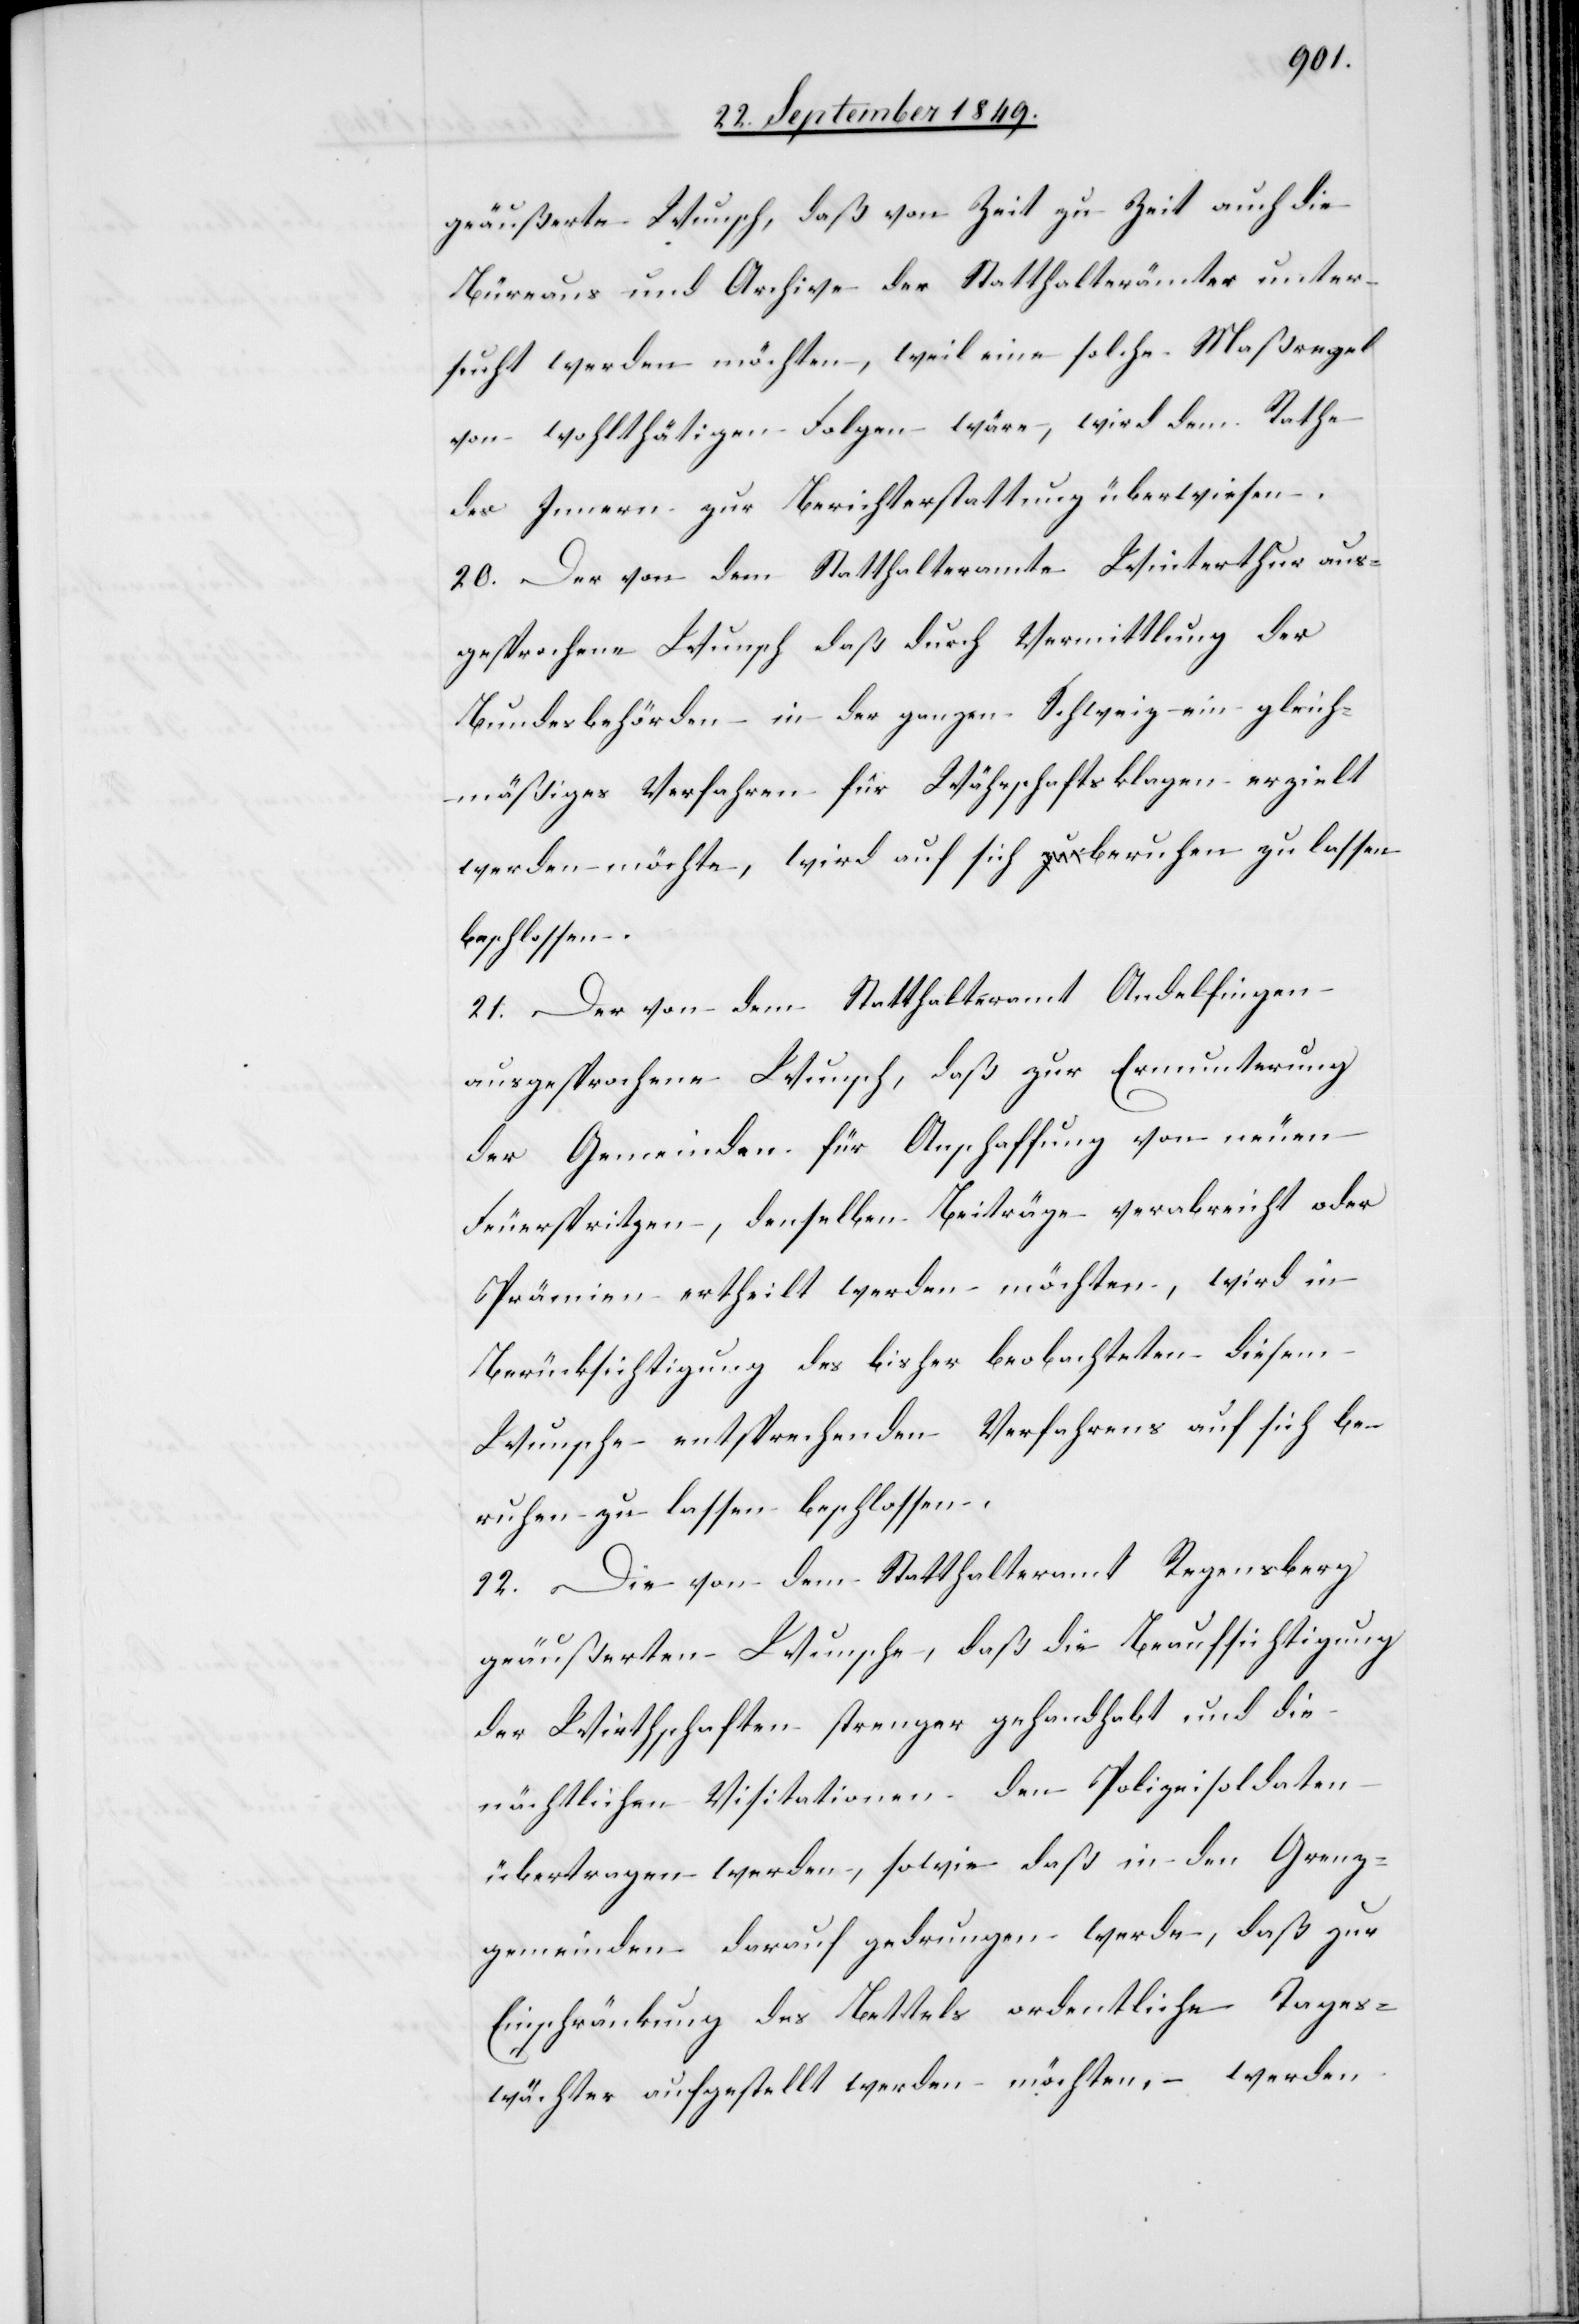
geäußerte Wunsche, daß von Zeit zu Zeit auch die
Büreaus und Archive der Statthalterämter unter¬
sucht werden möchten, weil eine solche Maßregel
von wohltätigen Folgen wäre, wird dem Rathe
des Innern zur Berichterstattung überwiesen.
20. Der von dem Statthalteramte Winterthur aus¬
gesprochene Wunsch daß durch Vermittlung der
Bundesbehörden in der ganzen Schweiz ein gleich¬
mäßiges Verfahren für Wärschaftsklagen erzielt
werden möchte, wird auf sich beruhen zu lassen
beschlossen.
21. Der von dem Statthalteramt Andelfingen
ausgesprochene Wunsch, daß zur Ermunterung
der Gemeinden für Anschaffung von neuen
Feuerspritzen, denselben Beiträge verabreicht oder
Prämien ertheilt werden möchten, wird in
Berücksichtigung des bisher beobachteten diesem
Wunsche entsprechenden Verfahrens auf sich be¬
ruhen zu lassen beschlossen.
22. Die von dem Statthalteramt Regensberg
geäußerten Wunsche, daß die Beaufsichtigung
der Wirthschaften strenger gehandhabt und die
nächtlichen Visitationen den Polizeisoldaten
übertragen werden, sowie daß in den Grenz¬
gemeinden darauf gedrungen werde, daß zur
Einschränkung des Bettels ordentliche Tages¬
wächter aufgestellt werden möchten, werden